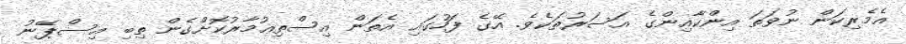
އެމެރިކަން ނުވަތަ އިންކާއިންގެ އަސަރުތަކެވެ. އޭގެ ފަހުގައި އެތަން އިސްތިޢުމާރުކޮށްގެން ތިބި އިސްޕޭނު